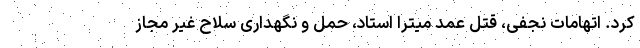
کرد. اتهامات نجفی، قتل عمد میترا استاد، حمل و نگهداری سلاح غیر مجاز